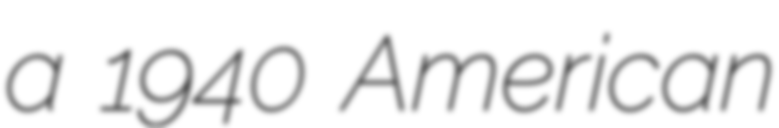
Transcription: a 1940 American